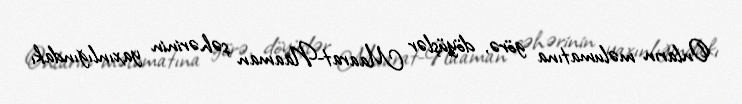
Onların məlumatına görə, döyüşlər Maarat-Naaman şəhərinin yaxınlığındakı